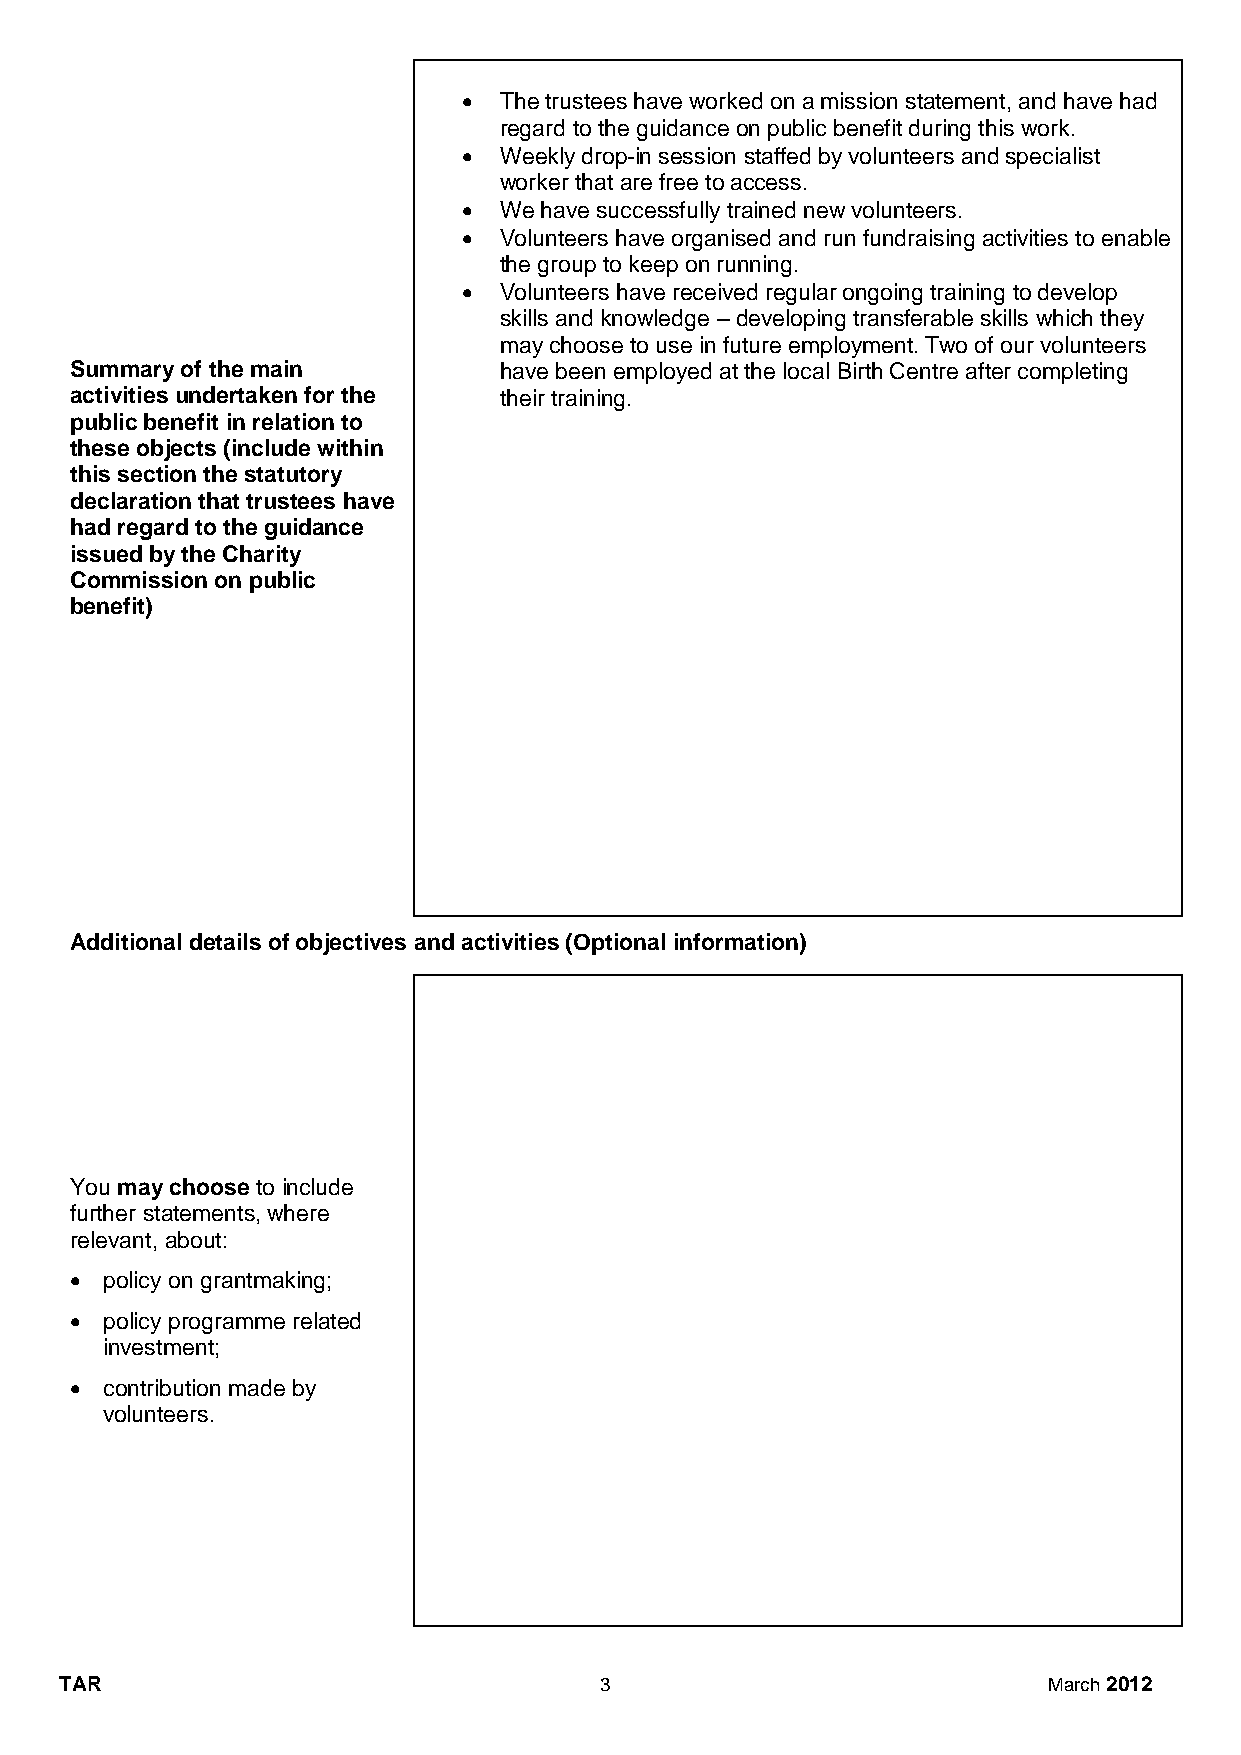
 The trustees have worked on a mission statement, and have had
 regard to the guidance on public benefit during this work.
  Weekly drop-in session staffed by volunteers and specialist
 worker that are free to access.
  We have successfully trained new volunteers.
  Volunteers have organised and run fundraising activities to enable
 the group to keep on running.
  Volunteers have received regular ongoing training to develop
 skills and knowledge – developing transferable skills which they
 may choose to use in future employment. Two of our volunteers
 Summary of the main         have been employed at the local Birth Centre after completing
 activities undertaken for the their training.
 public benefit in relation to
 these objects (include within
 this section the statutory
 declaration that trustees have
 had regard to the guidance
 issued by the Charity
 Commission on public
 benefit)
 Additional details of objectives and activities (Optional information)
 You may choose to include
 further statements, where
 relevant, about:
  policy on grantmaking;
  policy programme related
 investment;
  contribution made by
 volunteers.
 TAR                                 3                            March 2012